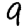
Digit: 9